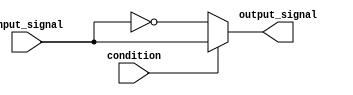
module if_else_statement (
    input wire condition,
    input wire input_signal,
    output reg output_signal
);

always @ (*) begin
    if (condition) begin
        // Block of code to be executed if the condition is true
        output_signal = input_signal;
    end
    else begin
        // Block of code to be executed if the condition is false (negated)
        output_signal = ~input_signal;
    end
end

endmodule